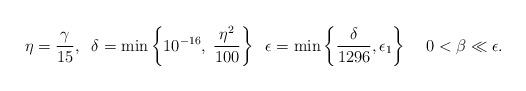
LaTeX: \begin{align*}\eta=\frac{\gamma}{15}, \;\;\delta=\min\left\{10^{ -16},\; \frac{\eta^{2}}{100}\right\}\;\;\epsilon =\min\left\{\frac{\delta}{1296}, \epsilon_1 \right\}\;\;\;\;0<\beta\ll \epsilon.\end{align*}